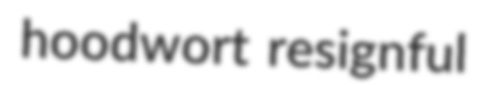
hoodwort resignful